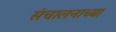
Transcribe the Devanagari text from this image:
संचालनाच्या